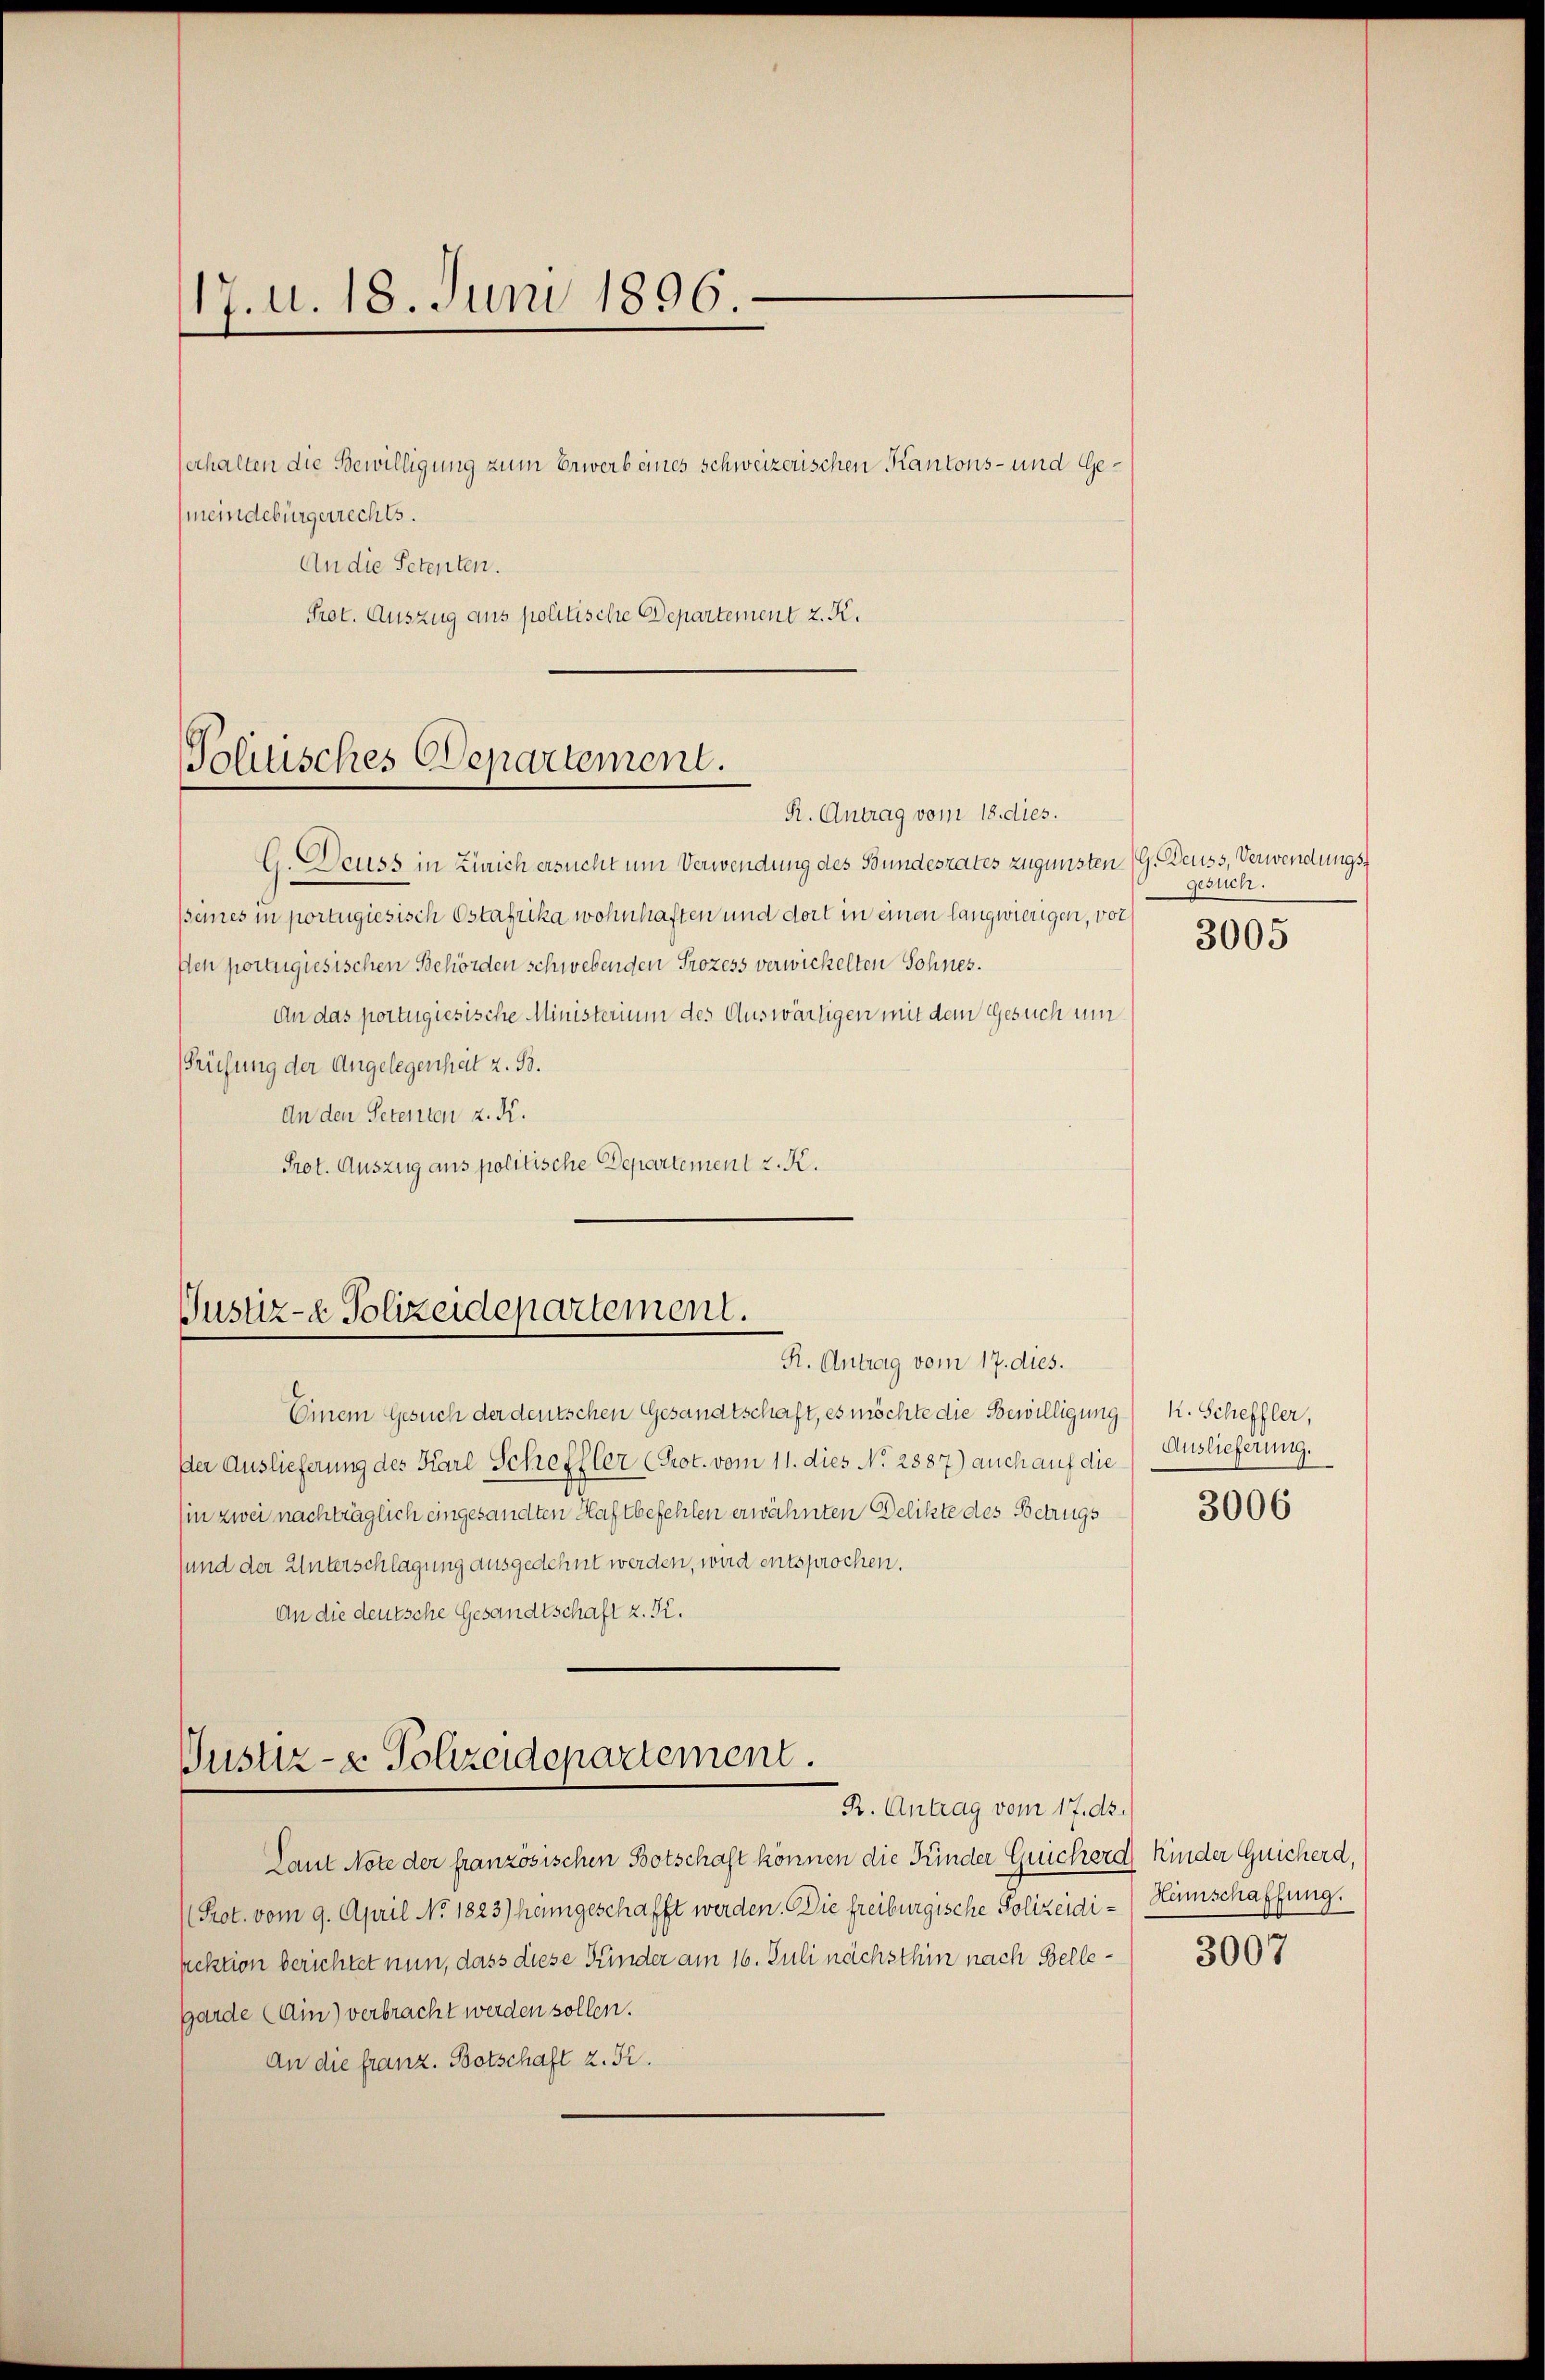
17. d. 18. Juni 1896.

Verhalten die Bewilligung zum Erwerb eines schweizerischen Kantons- und Ge¬
(meindebürgerrechts.
An die Petenten.
Prot. Auszug aus politische Departement z. K.

Tolitisches Departement.

G. Deuss in Zürich ersucht um Verwendung des Bundesrates zugunsten (G. Deuss, Verwendungsseines in portugiesisch Estafrika wohnhaften und dort in einen langwierigen, vor
Ich portugiesischen Behörden schwebenden Prozess verwickelten Sohnes.
An das portugiesische Ministerium des Auswärtigen mit dem Gesuch um
Prüfung der Angelegenheit z. B.
An den Petenten z. K.
Prot. Auszug aus politische Departement z. K.

Justiz- & Polizeidepartement.
R. Antrag vom 17. dies.

Justiz- & Polizeidepartement.
R. Antrag vom 17. ds.

R. Antrag vom 18. dies.

Einem Gesuch der deutschen Gesandtschaft, es möchte die Bewilligung R. Scheffler,
Der Auslieferung des Karl Scheffler (Prot. vom 11. dies No. 2887) auch auf die
sin zwei nachträglich eingesandten Haftbefehlen erwähnten Delikte des Betrugs
sund der Unterschlagung ausgedehnt werden, wird entsprochen.
An die deutsche Gesandtschaft z. K.

gesuch.
3005

Laut Note der französischen Botschaft können die Kinder Guicherd Kinder Guicherd,
Prot. vom 9. April No 1823) heimgeschafft werden. Die freiburgische Polizeidi-Hamschaffung.
pektion berichtet nun, dass diese Kinder am 16. Juli nächsthin nach Bellegarde (Ain) verbracht werden sollen.
An die franz. Botschaft z. Kr.

Auslieferung.

3006

3007